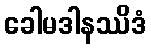
ခေါမဒါနဿိဒံ